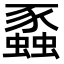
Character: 蟸